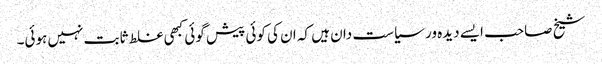
شیخ صاحب ایسے دیدہ ور سیاست دان ہیں کہ ان کی کوئی پیش گوئی کبھی غلط ثابت نہیں ہوئی۔